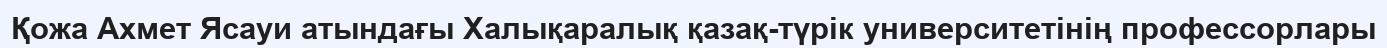
Қожа Ахмет Ясауи атындағы Халықаралық қазақ-түрік университетінің профессорлары